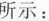
所示：